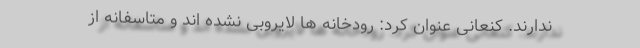
ندارند. کنعانی عنوان کرد: رودخانه ها لایروبی نشده اند و متاسفانه از